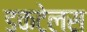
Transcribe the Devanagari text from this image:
डकटेलस